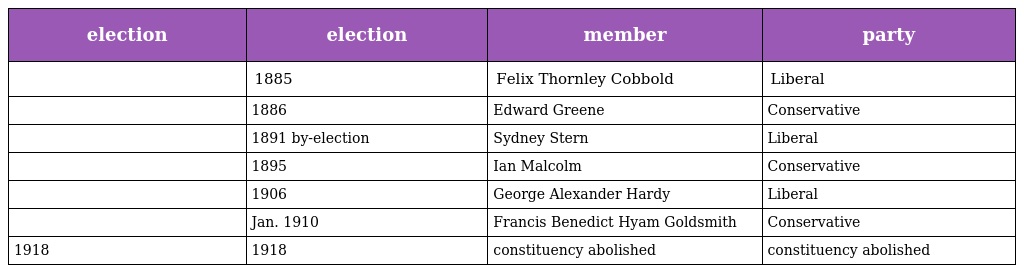
| election | election | member | party |
 | --- | --- | --- | --- |
 |  | 1885 | Felix Thornley Cobbold | Liberal |
 |  | 1886 | Edward Greene | Conservative |
 |  | 1891 by-election | Sydney Stern | Liberal |
 |  | 1895 | Ian Malcolm | Conservative |
 |  | 1906 | George Alexander Hardy | Liberal |
 |  | Jan. 1910 | Francis Benedict Hyam Goldsmith | Conservative |
 | 1918 | 1918 | constituency abolished | constituency abolished |